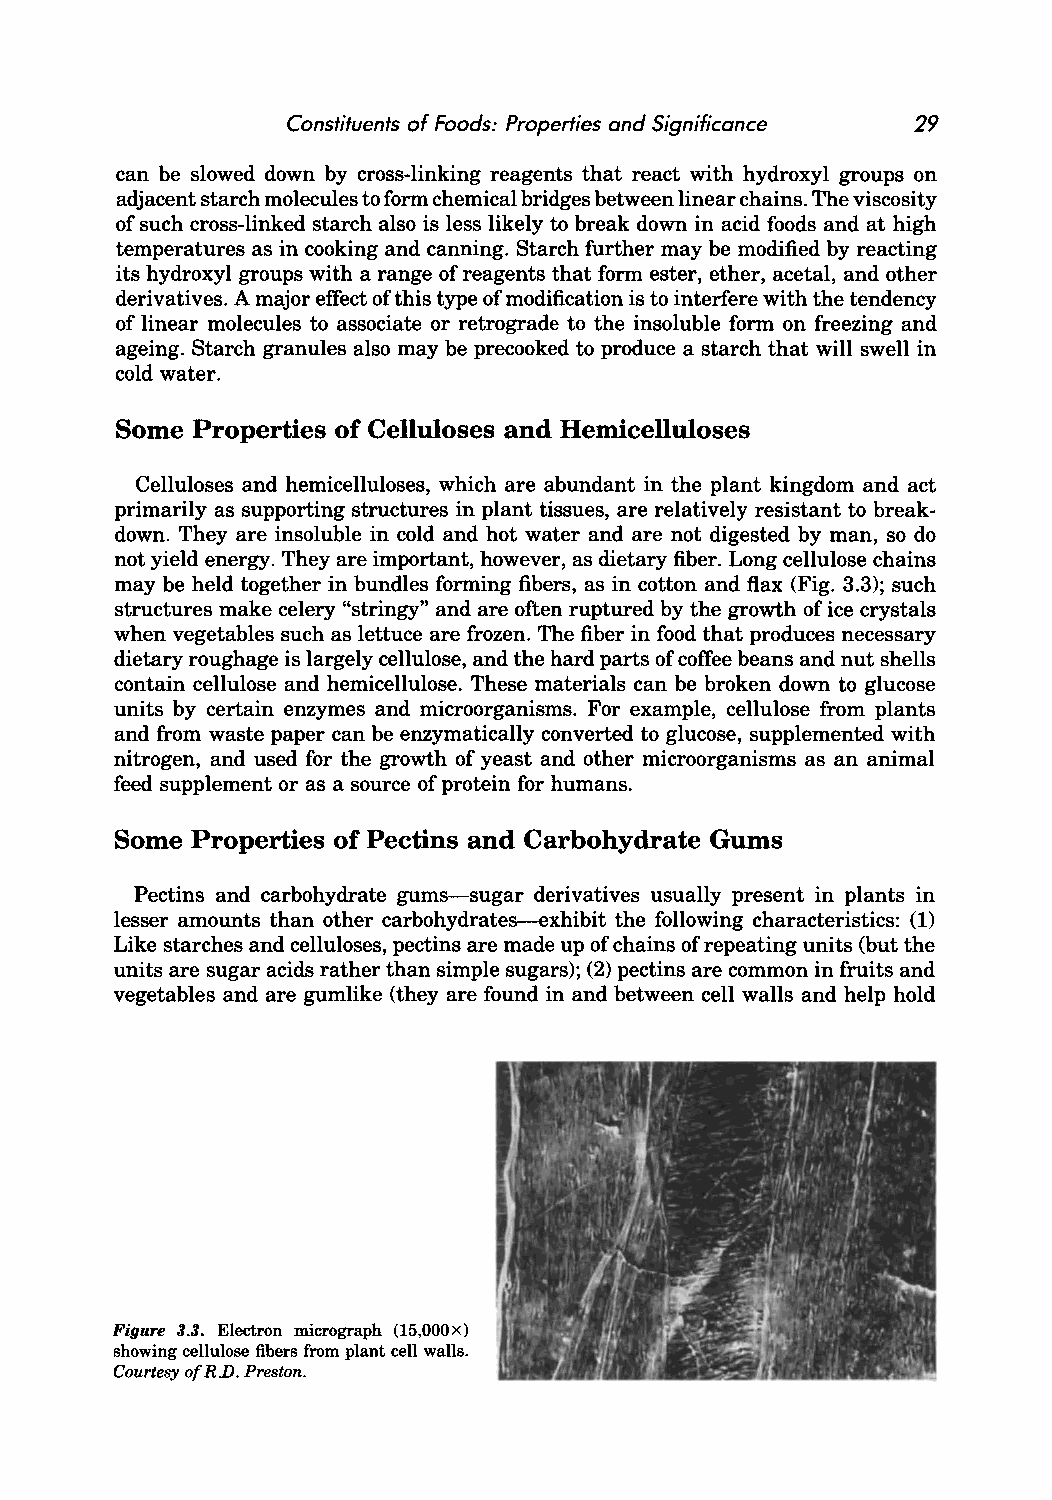
Constituents of Foods: Properties and Significance 29
 can be slowed down by cross-linking reagents that react with hydroxyl groups on
 adjacent starch molecules to form chemical bridges between linear chains. The viscosity
 of such cross-linked starch also is less likely to break down in acid foods and at high
 temperatures as in cooking and canning. Starch further may be modified by reacting
 its hydroxyl groups with a range of reagents that form ester, ether, acetal, and other
 derivatives. A major effect of this type of modification is to interfere with the tendency
 of linear molecules to associate or retrograde to the insoluble form on freezing and
 ageing. Starch granules also may be precooked to produce a starch that will swell in
 cold water.
 Some Properties of Celluloses and Hemicelluloses
 Cell uloses and hemicelluloses, which are abundant in the plant kingdom and act
 primarily as supporting structures in plant tissues, are relatively resistant to break
 down. They are insoluble in cold and hot water and are not digested by man, so do
 not yield energy. They are important, however, as dietary fiber. Long cellulose chains
 may be held together in bundles forming fibers, as in cotton and flax (Fig. 3.3); such
 structures make celery "stringy" and are often ruptured by the growth of ice crystals
 when vegetables such as lettuce are frozen. The fiber in food that produces necessary
 dietary roughage is largely cellulose, and the hard parts of coffee beans and nut shells
 contain cellulose and hemicellulose. These materials can be broken down to glucose
 units by certain enzymes and microorganisms. For example, cellulose from plants
 and from waste paper can be enzymatically converted to glucose, supplemented with
 nitrogen, and used for the growth of yeast and other microorganisms as an animal
 feed supplement or as a source of protein for humans.
 Some Properties of Pectins and Carbohydrate Gums
 Pectins and carbohydrate gums-sugar derivatives usually present in plants in
 lesser amounts than other carbohydrates-exhibit the following characteristics: (1)
 Like starches and celluloses, pectins are made up of chains of repeating units (but the
 units are sugar acids rather than simple sugars); (2) pectins are common in fruits and
 vegetables and are gumlike (they are found in and between cell walls and help hold
 Figure 3.3. Electron micrograph (15,OOOx)
 showing cellulose fibers from plant cell walls.
 Courtesy of R.D. Preston.